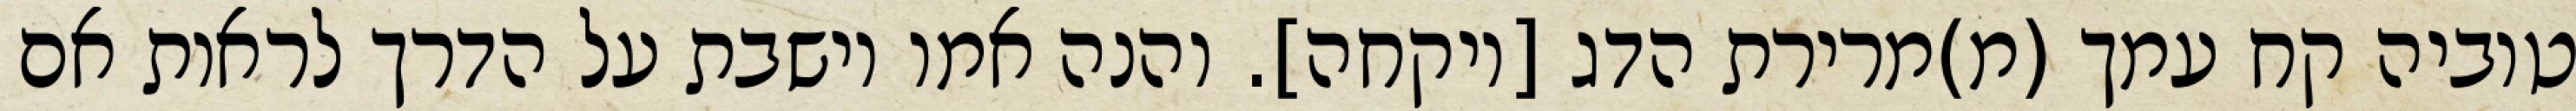
טוביה קח עמך (מ)מרירת הדג [ויקחה]. והנה אמו יושבת על הדרך לראות אם